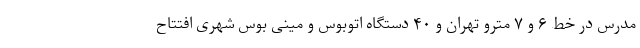
مدرس در خط ۶ و ۷ مترو تهران و ۴۰ دستگاه اتوبوس و مینی بوس شهری افتتاح